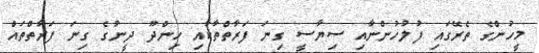
މީހުންގެ ތެރޭގައި ފުލުހުންނާއި ސިޔާސީ ގިނަ ފަރާތްތާކާއި ހިންދޫ ދީނުގެ ގިނަ ފަރާތްތައް